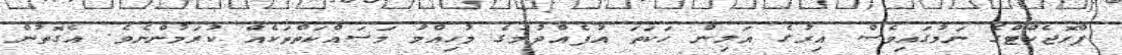
ޕްރޮޖެކްޓްގެ ނަމުގައިވެސް އިރުގެ އަލިން ހަކަތަ އުފެއްދުމުގެ މުހިއްމު މަަސައްކަތްތަކެއް ކުރަމުންނެވެ. އެގޮތުން